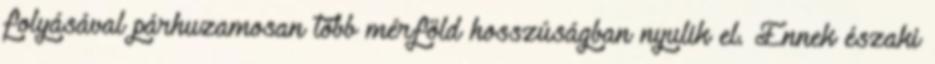
folyásával párhuzamosan több mérföld hosszúságban nyulik el. Ennek északi